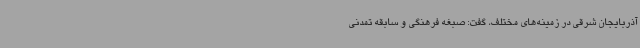
آذربایجان شرقی در زمینه‌های مختلف، گفت: صبغه فرهنگی و سابقه تمدنی